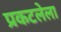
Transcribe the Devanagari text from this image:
प्रकटलेला